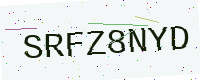
Text: SRFZ8NYD